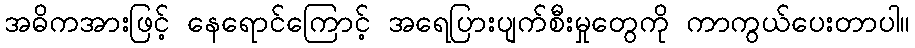
အဓိကအားဖြင့် နေရောင်ကြောင့် အရေပြားပျက်စီးမှုတွေကို ကာကွယ်ပေးတာပါ။